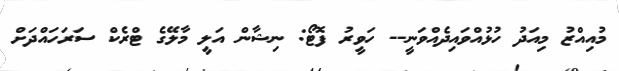
މުއިއްޒު މިއަދު ހުޅުއްވައިދެއްވަނީ-- ހަވީރު ފޮޓޯ: ނިޝާން އަލީ މާލޭގެ ޓްރެކް ސަރަހައްދަށް